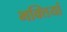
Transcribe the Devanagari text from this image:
भक्तियां